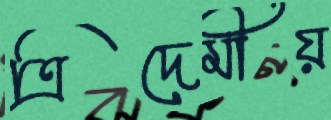
ত্রিদেমীয়